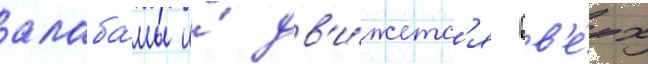
алаба́мы и́ дв'и́жетс'я вв'е́рх